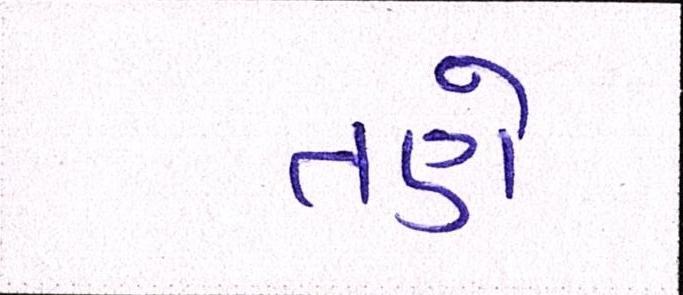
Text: તણે